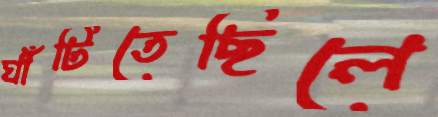
ঘাঁটিতেছিলে